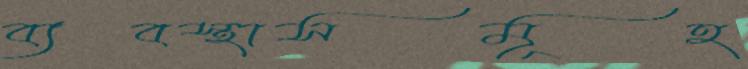
ব্যবস্থাসমূহ